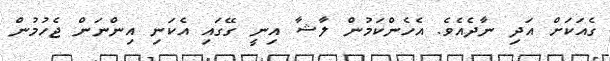
ގެއަކަށް އަދި ނާދެއެވެ. އެހެންކަމުން ލާޝާ އިނީ ގޭގައި އެކަނި އިންނަން ޖެހުމުން